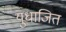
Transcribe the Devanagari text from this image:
युधाजित